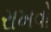
રાખવો